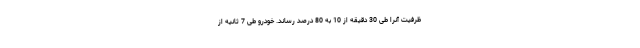
ظرفیت آنرا طی 30 دقیقه از 10 به 80 درصد رساند. خودرو طی 7 ثانیه از